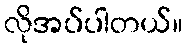
လိုအပ်ပါတယ်။